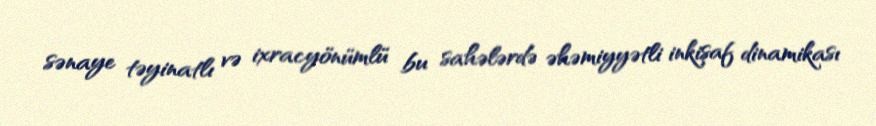
sənaye təyinatlı və ixracyönümlü bu sahələrdə əhəmiyyətli inkişaf dinamikası